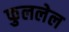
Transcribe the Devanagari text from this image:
फुललेल